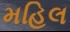
મહિલ